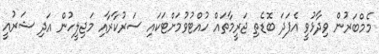
މެމްބަރުން ވިދާޅުވީ އެފަދަ ބޮޑެތި ޖަރީމާތައް ހުއްޓުވުމަށްޓަކައި ސަރުކާރާއި މަޖިލީހުން އަދި ޝަރުއީ